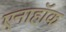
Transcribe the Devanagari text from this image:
एनाहॉक